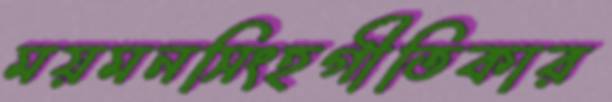
ময়মনসিংহগীতিকার